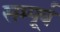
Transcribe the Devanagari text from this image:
सम्पूर्व